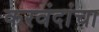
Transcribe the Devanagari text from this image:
करवंदांचा